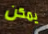
يمكن